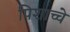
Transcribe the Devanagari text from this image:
पिशाच्चे